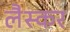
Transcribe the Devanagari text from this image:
लैस्कर